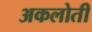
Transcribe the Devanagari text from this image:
अकलोती